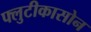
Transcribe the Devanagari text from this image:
फ्लुटीकासोन